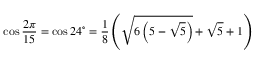
\cos { \frac { 2 \pi } { 1 5 } } = \cos 2 4 ^ { \circ } = { \frac { 1 } { 8 } } \left( { \sqrt { 6 \left( 5 - { \sqrt { 5 } } \right) } } + { \sqrt { 5 } } + 1 \right)